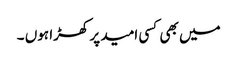
میں بھی کسی امید پر کھڑا ہوں ۔